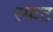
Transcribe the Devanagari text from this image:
स्फट